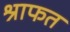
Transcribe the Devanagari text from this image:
श्राफत